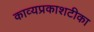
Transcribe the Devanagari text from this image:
काव्यप्रकाशटीका